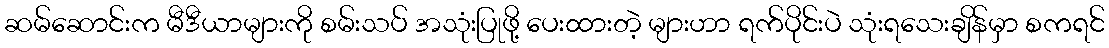
ဆမ်ဆောင်းက မီဒီယာများကို စမ်းသပ် အသုံးပြုဖို့ ပေးထားတဲ့ များဟာ ရက်ပိုင်းပဲ သုံးရသေးချိန်မှာ စကရင်